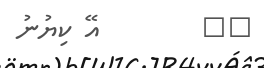
١٦        އޭ ކިޔުނު